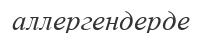
аллергендерде